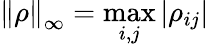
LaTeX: \left\| \rho\right\| _{\infty}=\underset{i,j}{\operatorname*{max}}\left|\rho_{ij}\right|